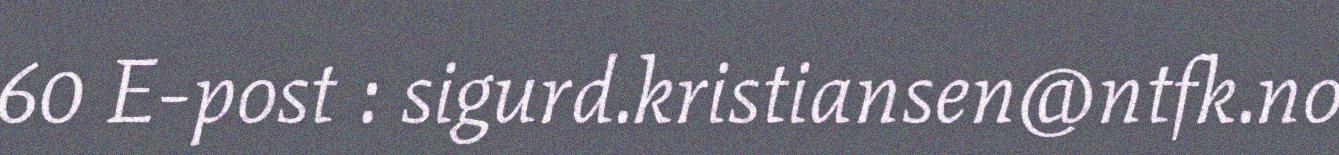
60 E-post : sigurd.kristiansen@ntfk.no